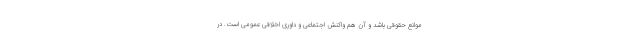
موانع حقوقی باشد و آن هم واکنش اجتماعی و داوری اخلاقی عمومی است. در